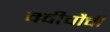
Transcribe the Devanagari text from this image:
क्वीचौची